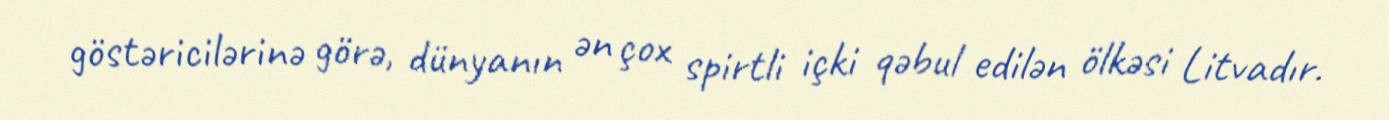
göstəricilərinə görə, dünyanın ən çox spirtli içki qəbul edilən ölkəsi Litvadır.